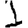
Digit: 1